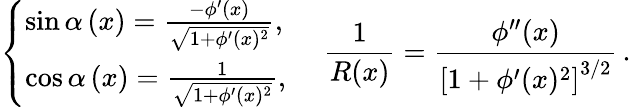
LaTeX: \left\{ {\begin{array}{l}{\sin\alpha\left(x\right)=\frac{-\phi^{\prime}(x)}{\sqrt{1+\phi^{\prime}(x)^{2}}},}\\ {\cos\alpha\left(x\right)=\frac{1}{\sqrt{1+\phi^{\prime}(x)^{2}}},}\end{array}}\right.\, \quad\, \frac{1}{R(x)}=\frac{\phi^{\prime\prime}(x)}{\left[{1+\phi^{\prime}(x)^{2}}\right]^{3/2}}\, .